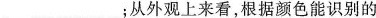
___；从外观上来看，根据颜色能识别的